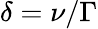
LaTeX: \delta=\nu/\Gamma